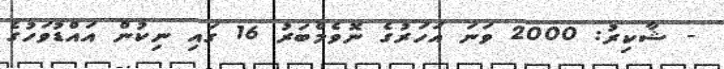
- ޝާކިރު: 2000 ވަނަ އަހަރުގެ ނޮވެމްބަރު 16 ގައި ނިކުން އައްޑުވަހުގެ